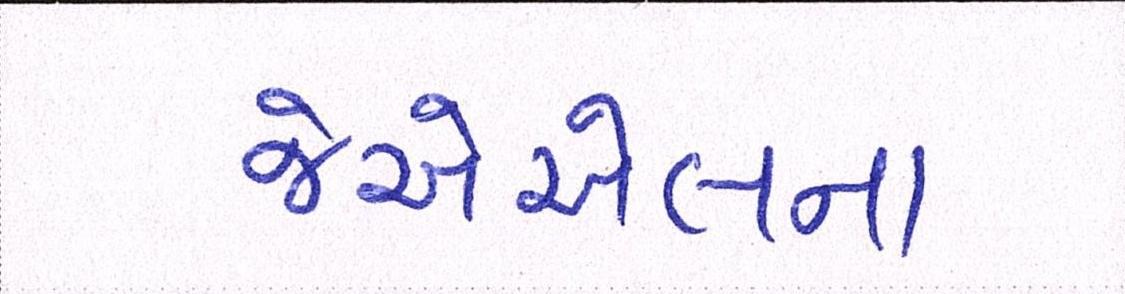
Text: જેએએલના